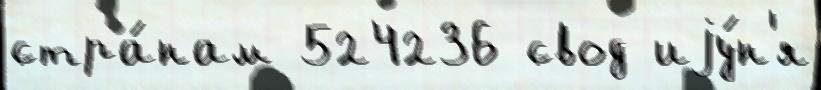
стра́нам 524236 свод иjу́н'я